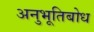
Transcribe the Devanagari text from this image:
अनुभूतिबोध